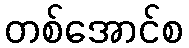
တစ်အောင်စ